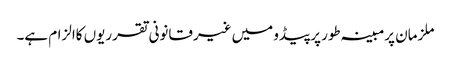
ملزمان پرمبینہ طور پرپیڈو میں غیرقانونی تقرریوں کاالزام ہے۔